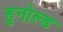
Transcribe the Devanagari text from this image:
हुनोल्ड